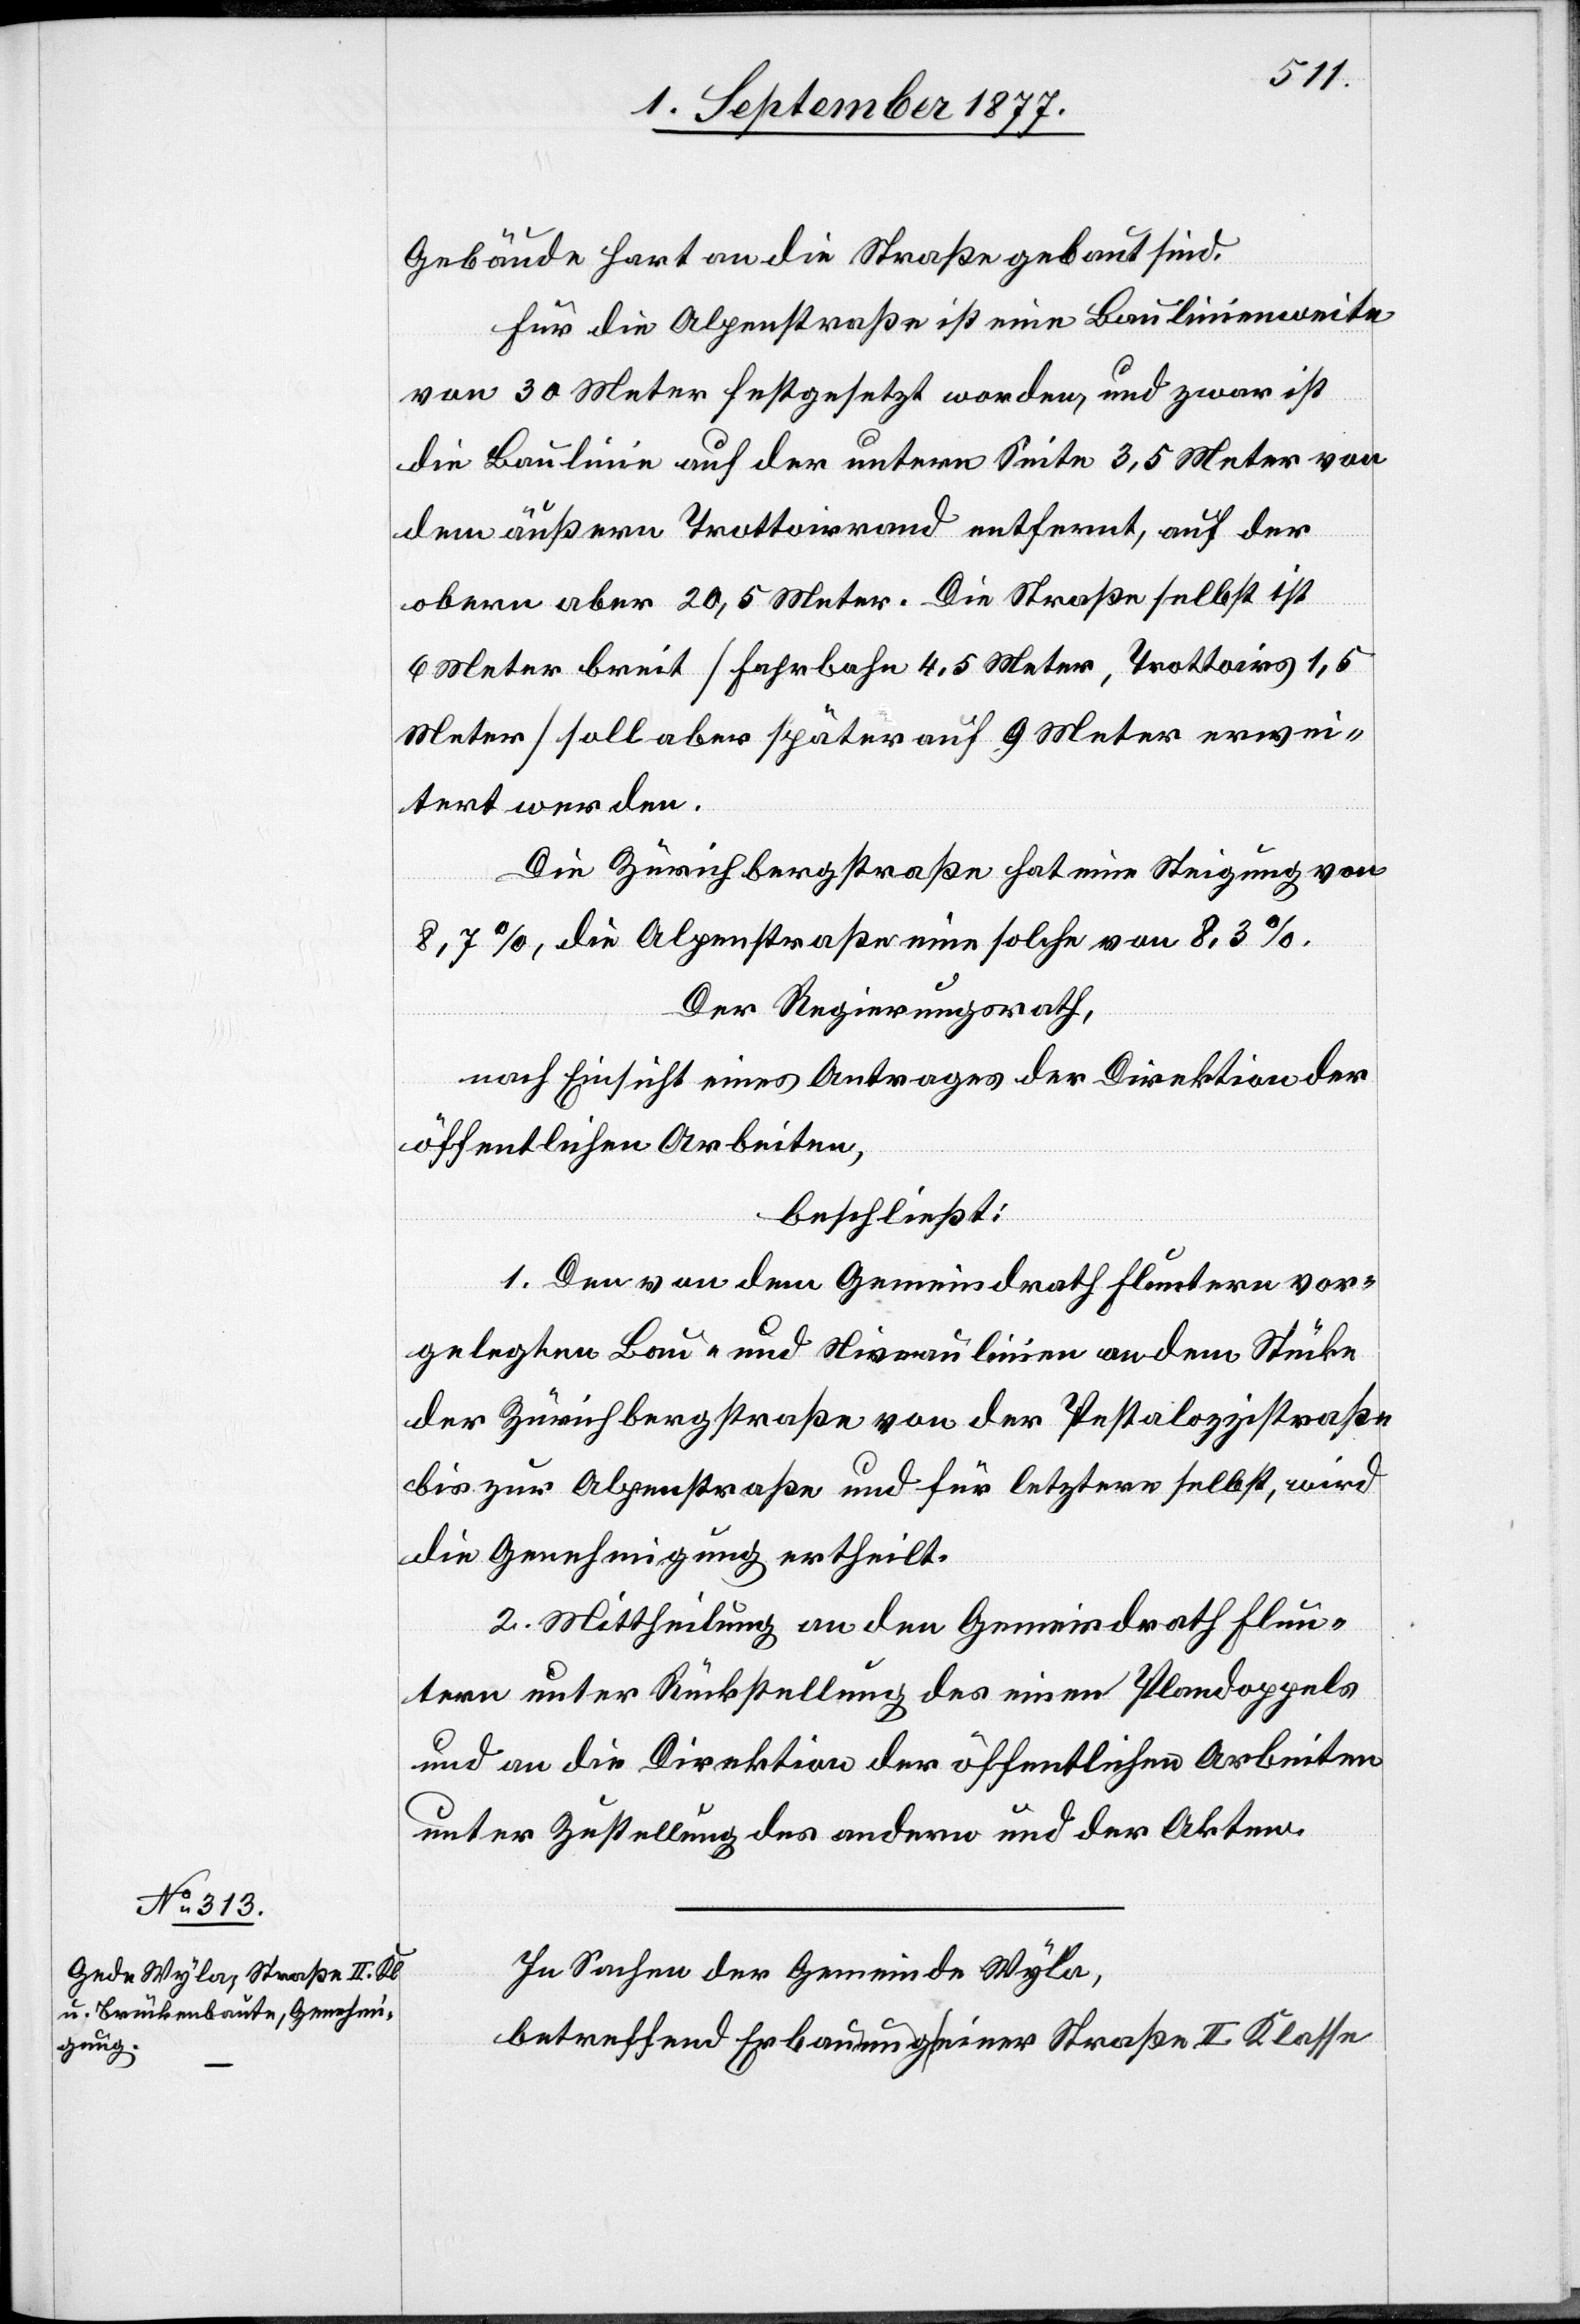
Gebäude hart an die Straße gebaut sind.
Für die Alpenstraße ist eine Baulinienweite
von 30 Meter festgesetzt worden, und zwar ist
die Baulinie auf der untern Seite 3,5 Meter von
dem äußern Trottoirrand entfernt, auf der
obern aber 20,5 Meter. Die Straße selbst ist
6 Meter breit [Fahrbahn 4,5 Meter, Trottoirs 1,5
Meter] soll aber später auf 9 Meter erwei¬
tert werden.
Die Zürichbergstraße hat eine Steigung von
8,7%, die Alpenstraße eine solche von 8,3%.
Der Regierungsrath,
nach Einsicht eines Antrages der Direktion der
öffentlichen Arbeiten,
beschließt:
1. Den von dem Gemeindrath Fluntern vor¬
gelegten Bau- und Niveaulinien an dem Stücke
der Zürichbergstraße von der Pestalozzistraße
bis zur Alpenstraße und für letztere selbst, wird
die Genehmigung ertheilt.
2. Mittheilung an den Gemeindrath Flun¬
tern unter Rückstellung des einen Plandoppels
und an die Direktion der öffentlichen Arbeiten
unter Zustellung des andern und der Akten.
In Sachen der Gemeinde Wyla,
betreffend Erbauung einer Straße II. Klasse